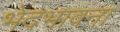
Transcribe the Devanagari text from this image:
भेदभावना